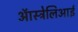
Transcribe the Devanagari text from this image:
ऑस्ट्रेलिआई